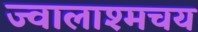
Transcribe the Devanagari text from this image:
ज्वालाश्मचय